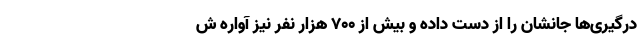
درگیری‌ها جانشان را از دست داده و بیش از ۷۰۰ هزار نفر نیز آواره ش